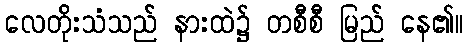
လေတိုးသံသည် နားထဲ၌ တစီစီ မြည် နေ၏။